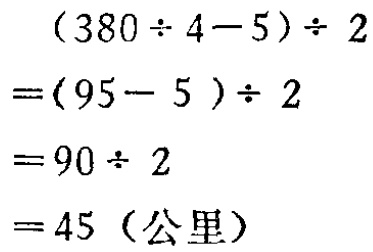
\[

\begin{align*}

&(380\div4 - 5)\div2\\

=&(95 - 5)\div2\\

=&90\div2\\

=&45 (\text{公里})

\end{align*}

\]